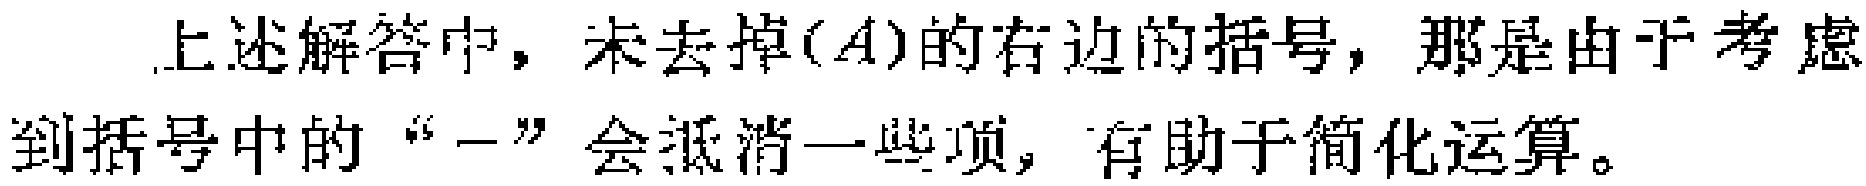
上述解答中，未去掉\((A)\)的右边的括号，那是由于考虑到括号中的“\(-\)”会抵消一些项，有助于简化运算。